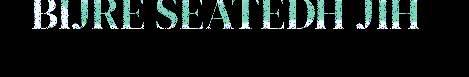
BIJRE SEATEDH JIH